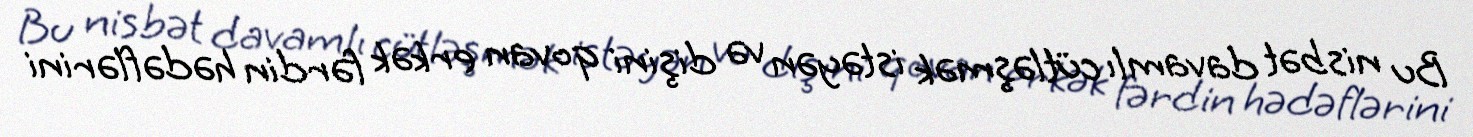
Bu nisbət davamlı cütləşmək istəyən və dişini qovan erkək fərdin hədəflərini